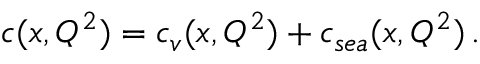
c ( x , Q ^ { 2 } ) = c _ { v } ( x , Q ^ { 2 } ) + c _ { s e a } ( x , Q ^ { 2 } ) \, .